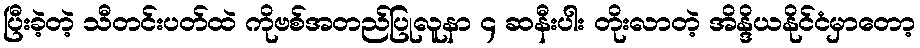
ပြီးခဲ့တဲ့ သီတင်းပတ်ထဲ ကိုဗစ်အတည်ပြုလူနာ ၄ ဆနီးပါး တိုးလာတဲ့ အိန္ဒိယနိုင်ငံမှာတော့